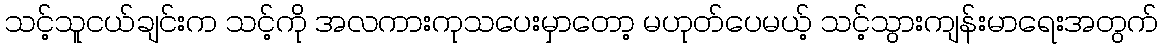
သင့်သူငယ်ချင်းက သင့်ကို အလကားကုသပေးမှာတော့ မဟုတ်ပေမယ့် သင့်သွားကျန်းမာရေးအတွက်